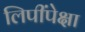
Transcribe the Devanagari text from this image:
लिपींपेक्षा